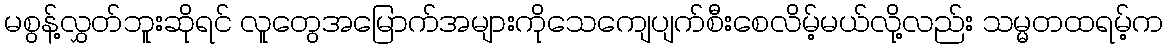
မစွန့်လွှတ်ဘူးဆိုရင် လူတွေအမြောက်အများကိုသေကျေပျက်စီးစေလိမ့်မယ်လို့လည်း သမ္မတထရမ့်က